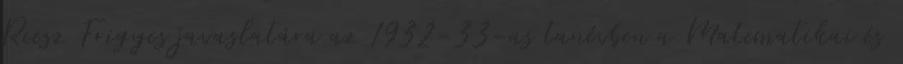
Riesz Frigyes javaslatára az 1932-33-as tanévben a Matematikai és